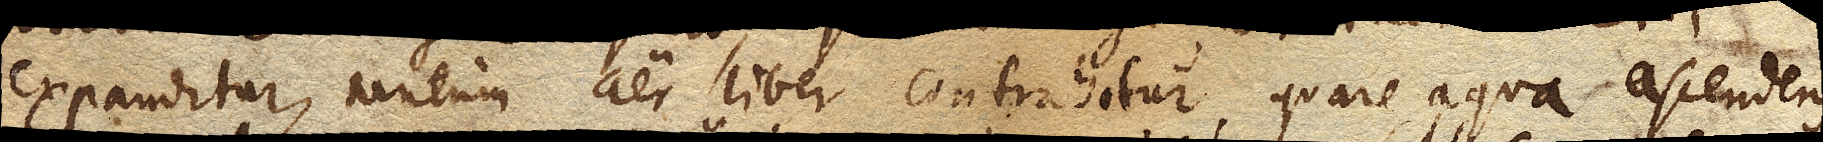
expanditur, tantum aer liber contrahitur, quare aqua ascendens